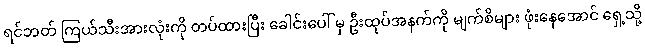
ရင်ဘတ် ကြယ်သီးအားလုံးကို တပ်ထားပြီး ခေါင်းပေါ် မှ ဦးထုပ်အနက်ကို မျက်စိများ ဖုံးနေအောင် ရှေ့သို့